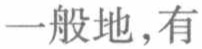
一般地,有